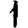
Digit: 1